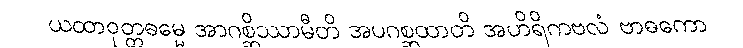
ယထာဝုတ္တဓမ္မေ အာဂစ္ဆိဿာမီတိ အပဂစ္ဆထာတိ အဟိရိကဗလံ ဗာဓကော